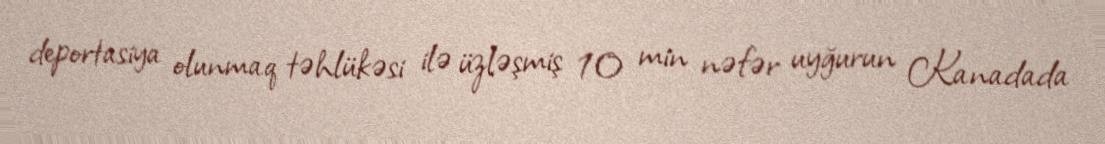
deportasiya olunmaq təhlükəsi ilə üzləşmiş 10 min nəfər uyğurun Kanadada